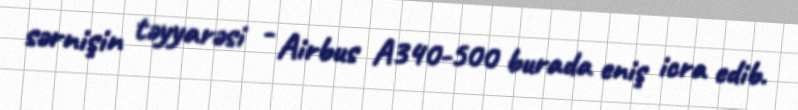
sərnişin təyyarəsi - Airbus A340-500 burada eniş icra edib.